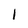
Character: 1